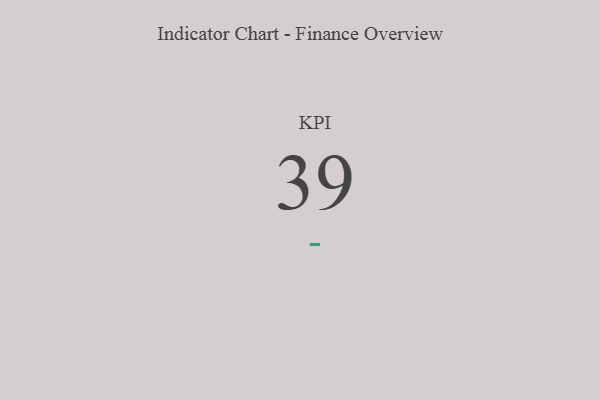
{"axis": {"x": "KPI", "y": "Value"}, "legend": [""], "data": [{"x": "KPI", "y": 39, "type": ""}]}